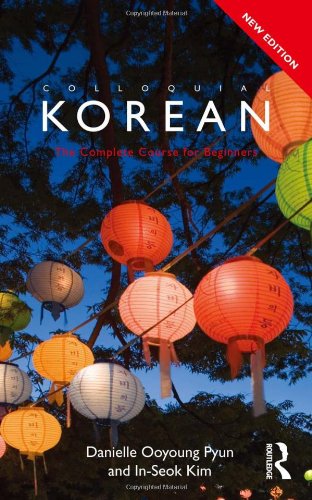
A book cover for Colloquial Korean: The Complete Course for Beginners (Colloquial Series); Danielle Ooyoung Pyun; Reference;